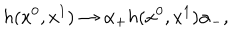
LaTeX: h ( x ^ { 0 } , x ^ { 1 } ) \rightarrow \alpha _ { + } h ( x ^ { 0 } , x ^ { 1 } ) \alpha _ { - } ,